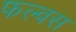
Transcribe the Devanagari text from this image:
फल्वस